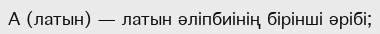
А (латын) — латын әліпбиінің бірінші әрібі;